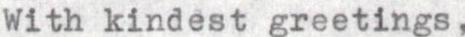
With kindest greetings,